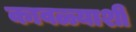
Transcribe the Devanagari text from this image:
कावळ्याशी